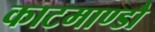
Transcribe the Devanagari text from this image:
काटमाण्डौ